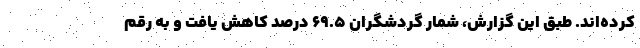
کرده‌اند. طبق این گزارش، شمار گردشگران ۶۹.۵ درصد کاهش یافت و به رقم